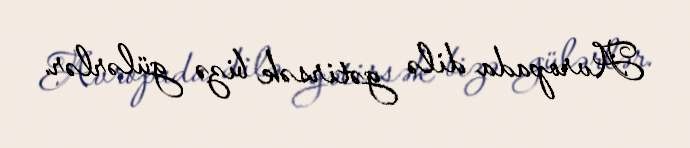
Avropada dilə gətirsək bizə gülərlər.